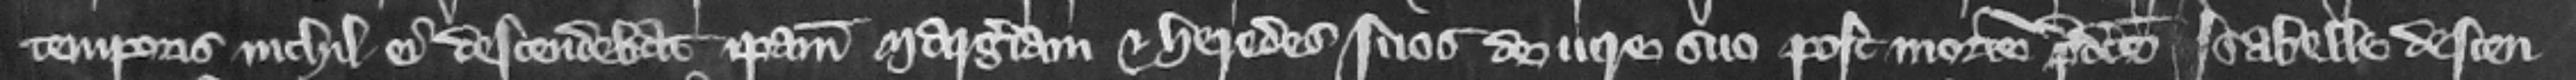
temporis nichil ei descendebat ipsam Margeriam et heredes suos de iure suo post mortem predicte Isabelle descen